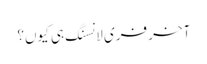
آخر فری لانسنگ ہی کیوں؟